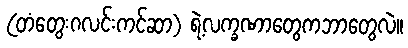
(တံတွေးဂလင်းကင်ဆာ) ရဲ့လက္ခဏာတွေကဘာတွေလဲ။